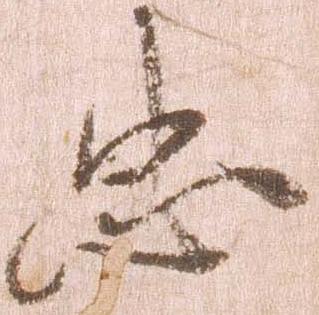
忠